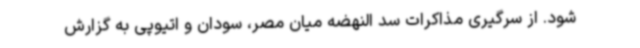
شود. از سرگیری مذاکرات سد النهضه میان مصر، سودان و اتیوپی به گزارش